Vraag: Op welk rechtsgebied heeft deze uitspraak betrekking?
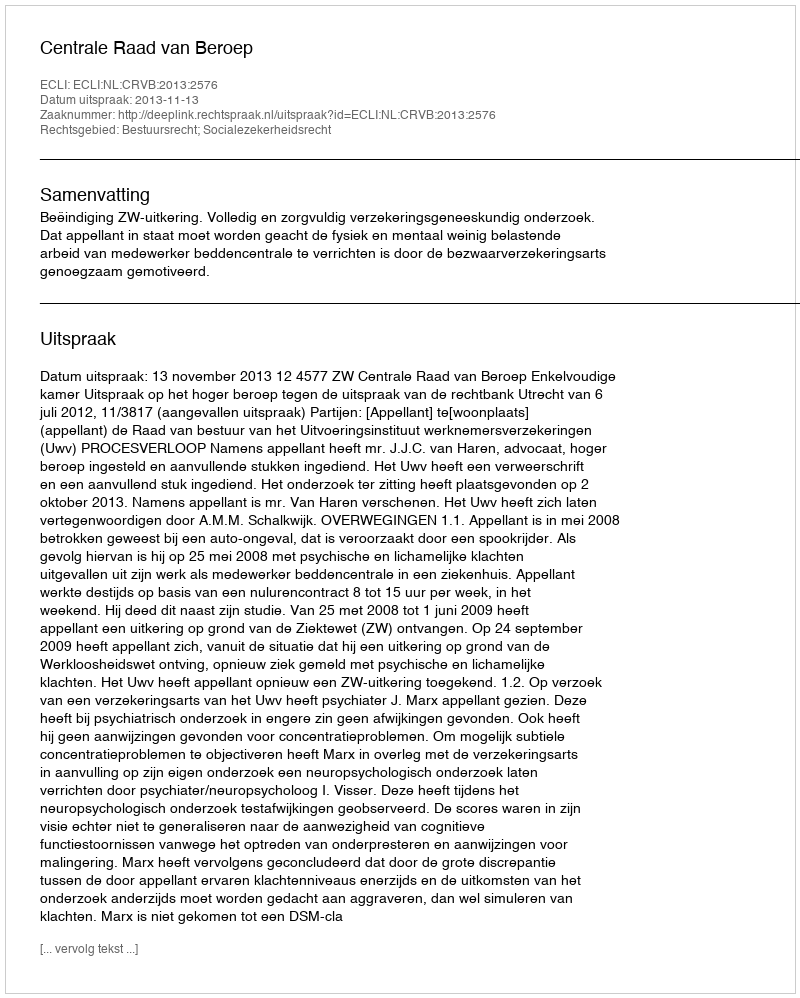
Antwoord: Bestuursrecht; Socialezekerheidsrecht